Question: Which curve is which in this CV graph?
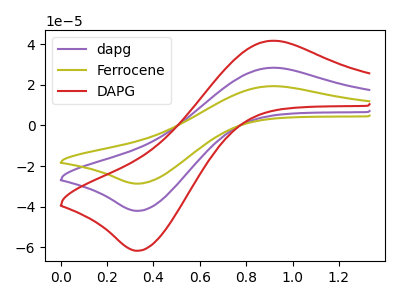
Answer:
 <answer>The purple curve is labeled "dapg". The olive curve is labeled "Ferrocene". The red curve is labeled "DAPG".</answer>
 <eval></eval>